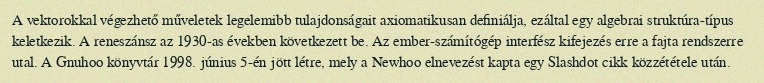
A vektorokkal végezhető műveletek legelemibb tulajdonságait axiomatikusan definiálja, ezáltal egy algebrai struktúra-típus keletkezik. A reneszánsz az 1930-as években következett be. Az ember-számítógép interfész kifejezés erre a fajta rendszerre utal. A Gnuhoo könyvtár 1998. június 5-én jött létre, mely a Newhoo elnevezést kapta egy Slashdot cikk közzététele után.